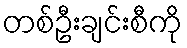
တစ်ဦးချင်းစီကို